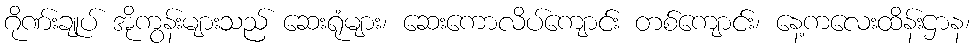
ဂိုဏ်းချုပ် အိုကွန်းများသည် ဆေးရုံများ၊ ဆေးကောလိပ်ကျောင်း တစ်ကျောင်း၊ နေ့ကလေးထိန်းဌာန၊